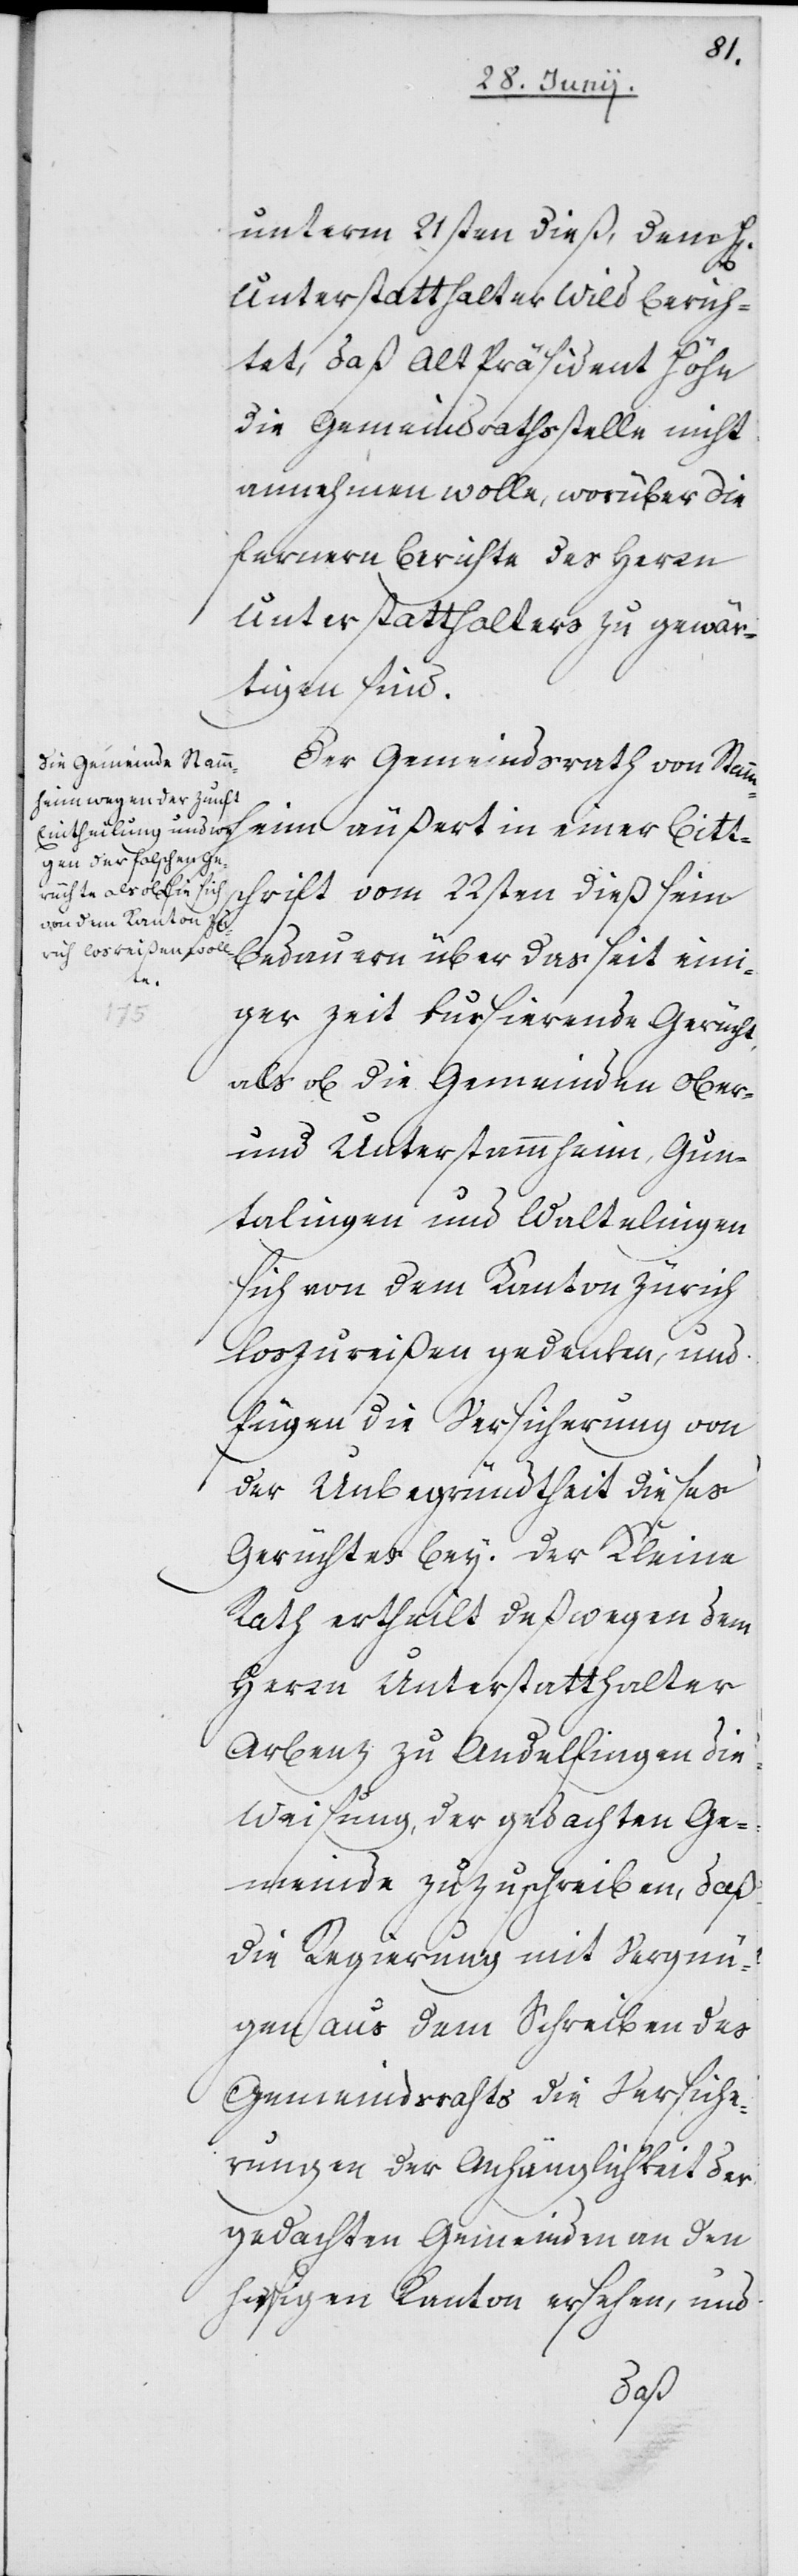
unterm 21sten dieß, dem
Unterstatthalter Wild berich¬
tet, daß Alt Präsident Höhn
die Gemeindrathsstelle nicht
annehmen wolle, worüber die
fernern Berichte des Herrn
Unterstatthalters zu gewär¬
tigen sind.
Der Gemeindsrath von Stammh¬
eim äußert in einer Bitt¬
schrift vom 22sten dieß sein
Bedauern über das seit eini¬
ger Zeit kursirende Gerücht,
als ob die Gemeinden Ober-
und Unterstammheim, Gun¬
talingen und Waltalingen
sich von dem Kanton Zürich
loszureißen gedenken, und
fügen die Versicherung von
der Unbegründtheit dieses
Gerüchtes bey. Der Kleine
Rath ertheilt deßwegen dem
Herrn Unterstatthalter
Arbenz zu Andelfingen die
Weisung, der gedachten Ge¬
meinde zuzuschreiben, daß
die Regierung mit Vergnü¬
gen aus dem Schreiben des
Gemeindsraths die Versiche¬
rungen der Anhänglichkeit der
gedachten Gemeinden an den
hiesigen Kanton ersehen, und